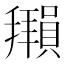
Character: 𫾖